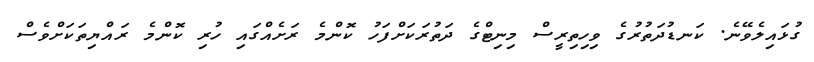
ގުޅައިލެވޭނެ. ކަނޑުދަތުރުގެ ވިހިތިރީސް މިނިޓްގެ ދަތުރަކަށްފަހު ކޮންމެ ރަށެއްގައި ހުރި ކޮންމެ ރައްޔިތަކަށްވެސް